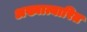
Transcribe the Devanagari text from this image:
अख्यात्यारित